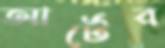
আর্টের